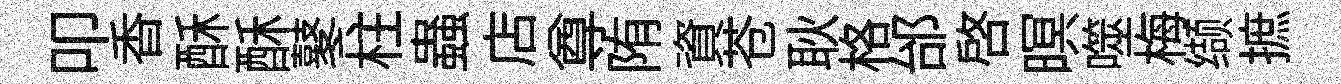
叩香酥酥鼕柱蟲店尊陏資苍耿格邰啓暝噬梅缬摭